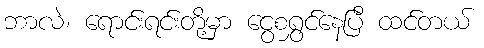
ဘာလဲ၊ ရောင်းရင်းတို့မှာ ငွေစရွှင်နေပြီ ထင်တယ်